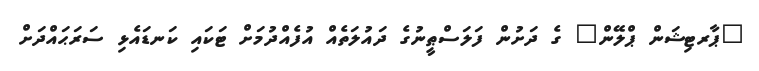
"ޕާރޓިޝަން ޕްލޭން" ގެ ދަށުން ފަލަސްޠީނުގެ ދައުލަތެއް އުފެއްދުމަށް ޓަކައި ކަނޑައެޅި ސަރަޙައްދަށް